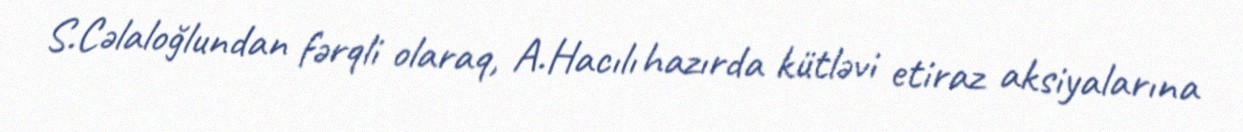
S.Cəlaloğlundan fərqli olaraq, A.Hacılı hazırda kütləvi etiraz aksiyalarına